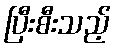
ပြီးစီးသည့်